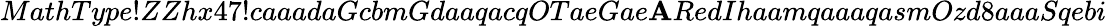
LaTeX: MathType!ZZhx47!caaadaGcbmGdaaqacqOTaeGae\mathbf{A}RedIhaamqaaaqasmOzd8aaaSqebi